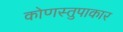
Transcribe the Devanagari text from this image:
कोणस्तुपाकार